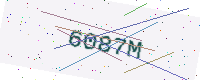
Text: 6087M